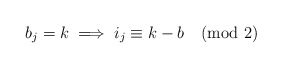
\begin{align*}b_j=k\implies i_j\equiv k-b\pmod2\end{align*}